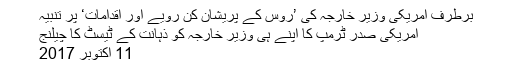
برطرف امریکی وزیر خارجہ کی ’روس کے پریشان کن رویے اور اقدامات‘ پر تنبیہ
امریکی صدر ٹرمپ کا اپنے ہی وزیرِ خارجہ کو ذہانت کے ٹیسٹ کا چیلنج
11 اکتوبر 2017